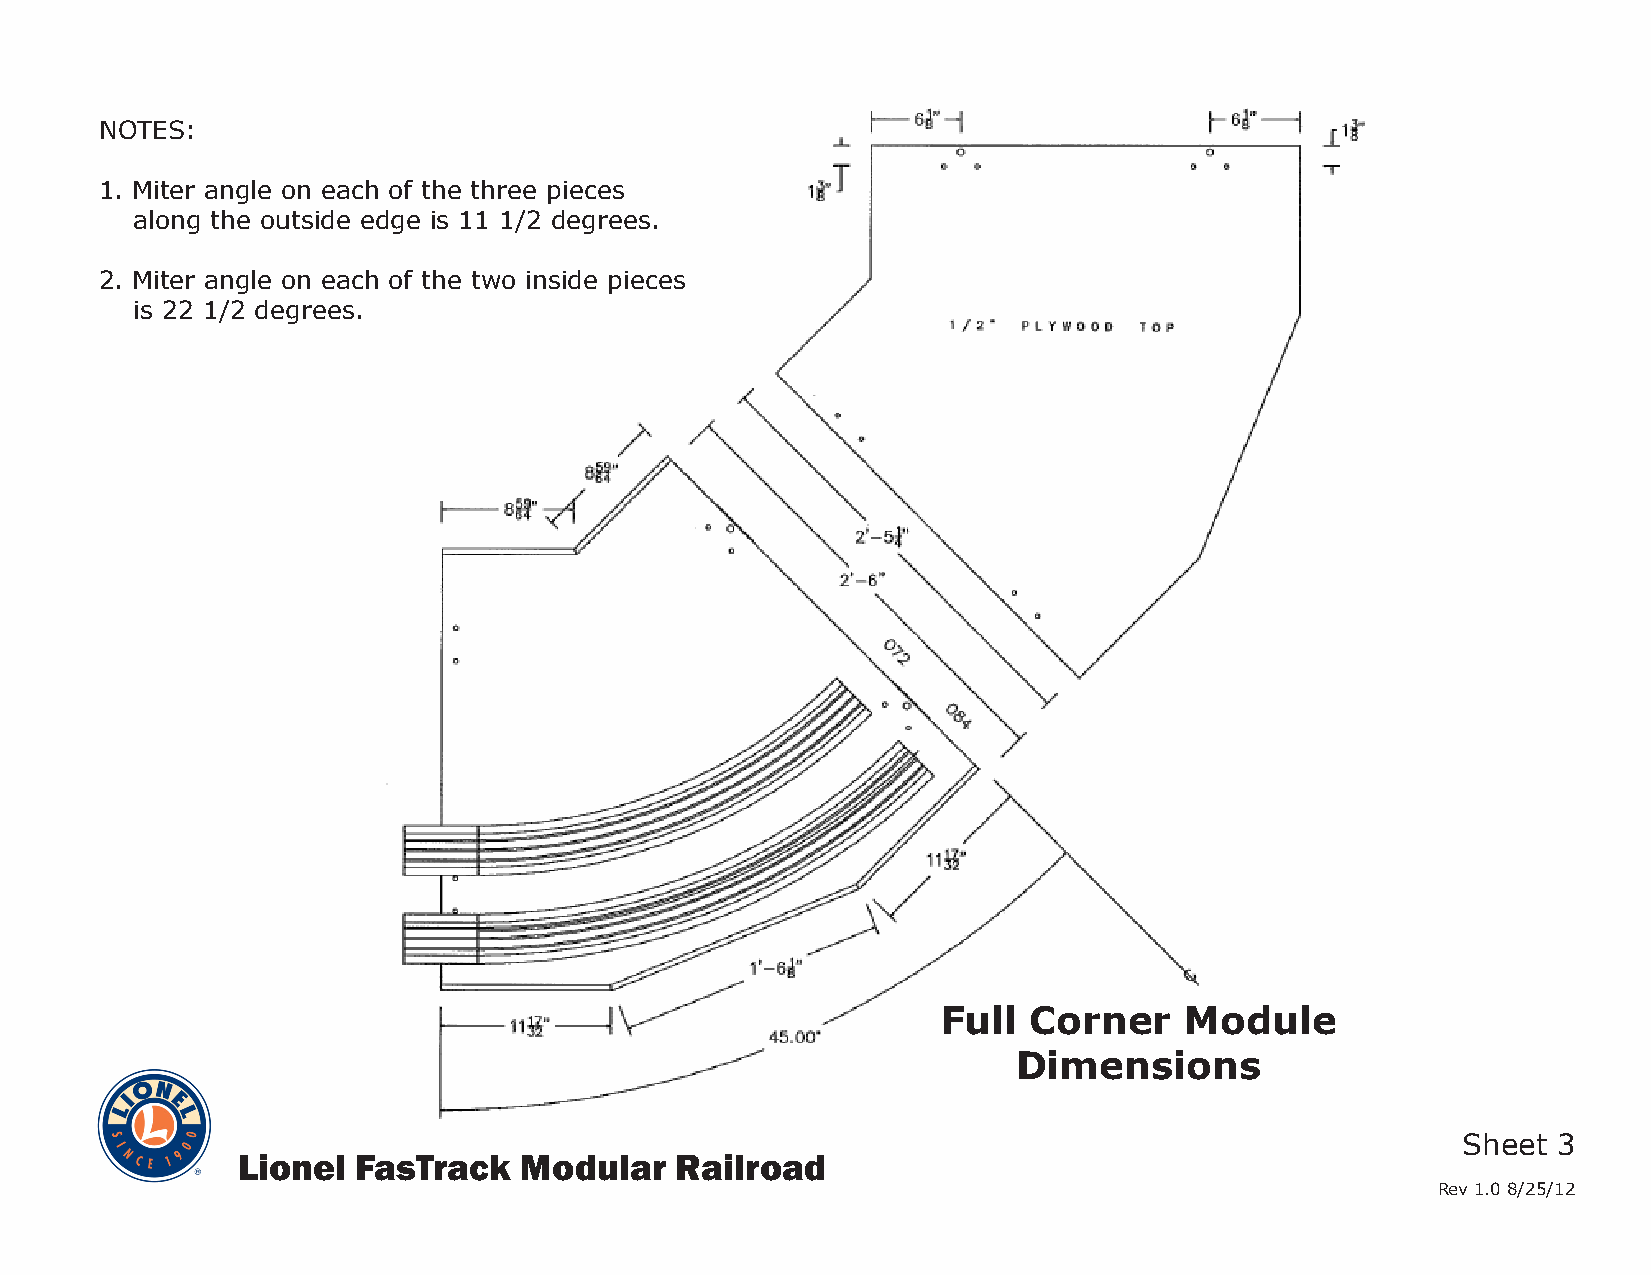
NOTES:
 1. Miter angle on each of the three pieces
 along the outside edge is 11 1/2 degrees.
 2. Miter angle on each of the two inside pieces
 is 22 1/2 degrees.
 Full  Corner    Module
 Dimensions
 Sheet 3
 Lionel  FasTrack  Modular    Railroad
 Rev 1.0 8/25/12